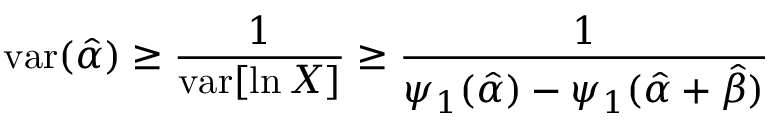
\mathrm { v a r } ( { \hat { \alpha } } ) \geq { \frac { 1 } { \operatorname { v a r } [ \ln X ] } } \geq { \frac { 1 } { \psi _ { 1 } ( { \hat { \alpha } } ) - \psi _ { 1 } ( { \hat { \alpha } } + { \hat { \beta } } ) } }